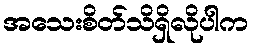
အသေးစိတ်သိရှိလိုပါက